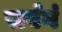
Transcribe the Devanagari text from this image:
सर्वगं